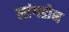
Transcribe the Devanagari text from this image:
लांगडोन